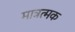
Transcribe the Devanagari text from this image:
मात्रत्मक